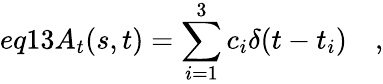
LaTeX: eq13A_{t}(s,t)=\sum_{i=1}^{3}c_{i}\delta(t-t_{i})\quad,